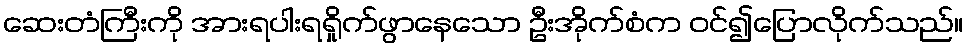
ဆေးတံကြီးကို အားရပါးရရှိုက်ဖွာနေသော ဦးအိုက်စံက ဝင်၍ပြောလိုက်သည်။